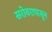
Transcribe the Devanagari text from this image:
सरोवरापासून